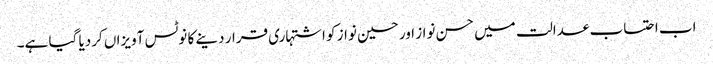
اب احتساب عدالت میں حسن نواز اور حسین نواز کو اشتہاری قرار دینے کا نوٹس آویزاں کردیا گیا ہے۔